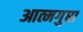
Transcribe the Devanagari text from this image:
आत्मगुप्ता